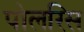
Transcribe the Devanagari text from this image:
पोलरिस